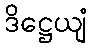
ဒိဋ္ဌေယျံ